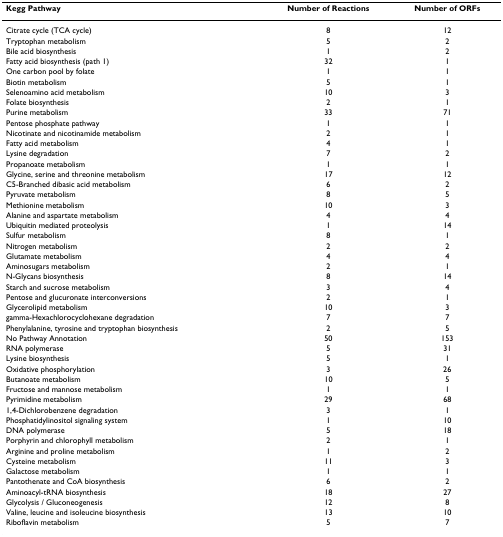
<table><thead><tr><td><b>Kegg Pathway</b></td><td><b>Number of Reactions</b></td><td><b>Number of ORFs</b></td></tr></thead><tbody><tr><td>Citrate cycle (TCA cycle)</td><td>8</td><td>12</td></tr><tr><td>Tryptophan metabolism</td><td>5</td><td>2</td></tr><tr><td>Bile acid biosynthesis</td><td>1</td><td>2</td></tr><tr><td>Fatty acid biosynthesis (path 1)</td><td>32</td><td>1</td></tr><tr><td>One carbon pool by folate</td><td>1</td><td>1</td></tr><tr><td>Biotin metabolism</td><td>5</td><td>1</td></tr><tr><td>Selenoamino acid metabolism</td><td>10</td><td>3</td></tr><tr><td>Folate biosynthesis</td><td>2</td><td>1</td></tr><tr><td>Purine metabolism</td><td>33</td><td>71</td></tr><tr><td>Pentose phosphate pathway</td><td>1</td><td>1</td></tr><tr><td>Nicotinate and nicotinamide metabolism</td><td>2</td><td>1</td></tr><tr><td>Fatty acid metabolism</td><td>4</td><td>1</td></tr><tr><td>Lysine degradation</td><td>7</td><td>2</td></tr><tr><td>Propanoate metabolism</td><td>1</td><td>1</td></tr><tr><td>Glycine, serine and threonine metabolism</td><td>17</td><td>12</td></tr><tr><td>C5-Branched dibasic acid metabolism</td><td>6</td><td>2</td></tr><tr><td>Pyruvate metabolism</td><td>8</td><td>5</td></tr><tr><td>Methionine metabolism</td><td>10</td><td>3</td></tr><tr><td>Alanine and aspartate metabolism</td><td>4</td><td>4</td></tr><tr><td>Ubiquitin mediated proteolysis</td><td>1</td><td>14</td></tr><tr><td>Sulfur metabolism</td><td>8</td><td>1</td></tr><tr><td>Nitrogen metabolism</td><td>2</td><td>2</td></tr><tr><td>Glutamate metabolism</td><td>4</td><td>4</td></tr><tr><td>Aminosugars metabolism</td><td>2</td><td>1</td></tr><tr><td>N-Glycans biosynthesis</td><td>8</td><td>14</td></tr><tr><td>Starch and sucrose metabolism</td><td>3</td><td>4</td></tr><tr><td>Pentose and glucuronate interconversions</td><td>2</td><td>1</td></tr><tr><td>Glycerolipid metabolism</td><td>10</td><td>3</td></tr><tr><td>gamma-Hexachlorocyclohexane degradation</td><td>7</td><td>7</td></tr><tr><td>Phenylalanine, tyrosine and tryptophan biosynthesis</td><td>2</td><td>5</td></tr><tr><td>No Pathway Annotation</td><td>50</td><td>153</td></tr><tr><td>RNA polymerase</td><td>5</td><td>31</td></tr><tr><td>Lysine biosynthesis</td><td>5</td><td>1</td></tr><tr><td>Oxidative phosphorylation</td><td>3</td><td>26</td></tr><tr><td>Butanoate metabolism</td><td>10</td><td>5</td></tr><tr><td>Fructose and mannose metabolism</td><td>1</td><td>1</td></tr><tr><td>Pyrimidine metabolism</td><td>29</td><td>68</td></tr><tr><td>1,4-Dichlorobenzene degradation</td><td>3</td><td>1</td></tr><tr><td>Phosphatidylinositol signaling system</td><td>1</td><td>10</td></tr><tr><td>DNA polymerase</td><td>5</td><td>18</td></tr><tr><td>Porphyrin and chlorophyll metabolism</td><td>2</td><td>1</td></tr><tr><td>Arginine and proline metabolism</td><td>1</td><td>2</td></tr><tr><td>Cysteine metabolism</td><td>11</td><td>3</td></tr><tr><td>Galactose metabolism</td><td>1</td><td>1</td></tr><tr><td>Pantothenate and CoA biosynthesis</td><td>6</td><td>2</td></tr><tr><td>Aminoacyl-tRNA biosynthesis</td><td>18</td><td>27</td></tr><tr><td>Glycolysis / Gluconeogenesis</td><td>12</td><td>8</td></tr><tr><td>Valine, leucine and isoleucine biosynthesis</td><td>13</td><td>10</td></tr><tr><td>Riboflavin metabolism</td><td>5</td><td>7</td></tr></tbody></table>